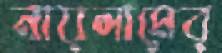
নায়লামের